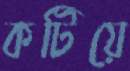
কটিয়ে